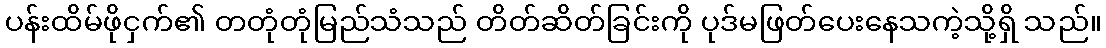
ပန်းထိမ်ဖိုငှက်၏ တတုံတုံမြည်သံသည် တိတ်ဆိတ်ခြင်းကို ပုဒ်မဖြတ်ပေးနေသကဲ့သို့ရှိ သည်။